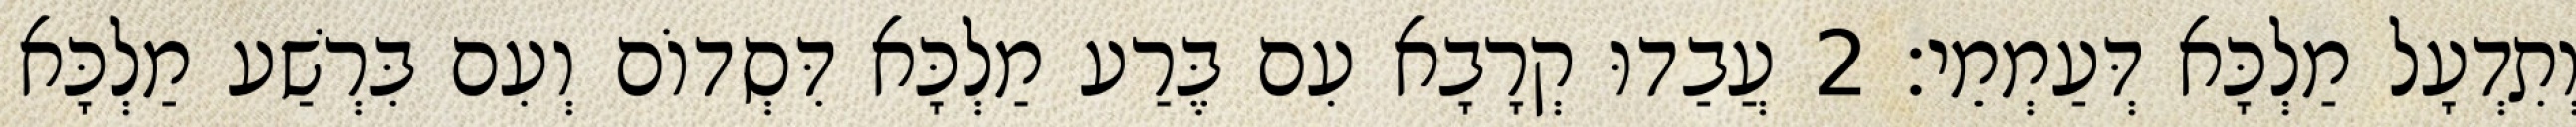
וְתִדְעָל מַלְכָּא דְּעַמְמֵי׃ 2 עֲבַדוּ קְרָבָא עִם בֶּרַע מַלְכָּא דִּסְדוֹם וְעִם בִּרְשַׁע מַלְכָּא